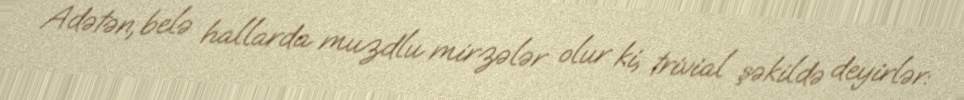
Adətən, belə hallarda muzdlu mirzələr olur ki, trivial şəkildə deyirlər: